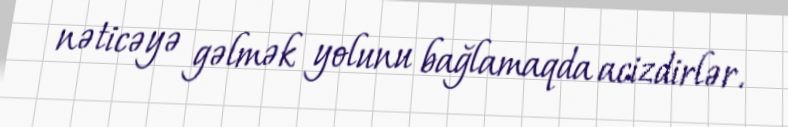
nəticəyə gəlmək yolunu bağlamaqda acizdirlər.